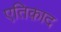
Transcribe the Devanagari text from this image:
एतिक़ाद